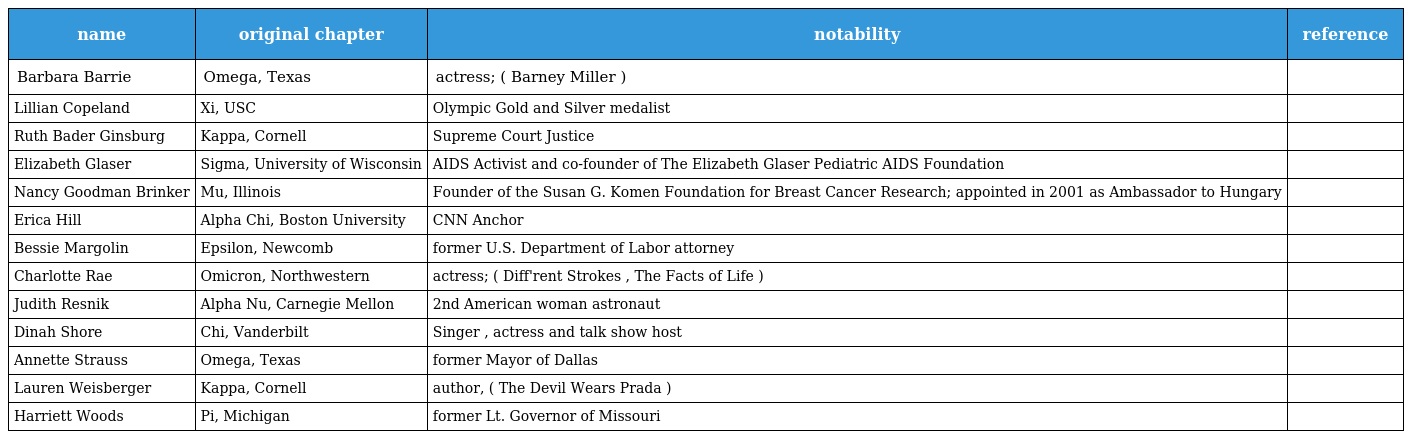
| name | original chapter | notability | reference |
 | --- | --- | --- | --- |
 | Barbara Barrie | Omega, Texas | actress; ( Barney Miller ) |  |
 | Lillian Copeland | Xi, USC | Olympic Gold and Silver medalist |  |
 | Ruth Bader Ginsburg | Kappa, Cornell | Supreme Court Justice |  |
 | Elizabeth Glaser | Sigma, University of Wisconsin | AIDS Activist and co-founder of The Elizabeth Glaser Pediatric AIDS Foundation |  |
 | Nancy Goodman Brinker | Mu, Illinois | Founder of the Susan G. Komen Foundation for Breast Cancer Research; appointed in 2001 as Ambassador to Hungary |  |
 | Erica Hill | Alpha Chi, Boston University | CNN Anchor |  |
 | Bessie Margolin | Epsilon, Newcomb | former U.S. Department of Labor attorney |  |
 | Charlotte Rae | Omicron, Northwestern | actress; ( Diff'rent Strokes , The Facts of Life ) |  |
 | Judith Resnik | Alpha Nu, Carnegie Mellon | 2nd American woman astronaut |  |
 | Dinah Shore | Chi, Vanderbilt | Singer , actress and talk show host |  |
 | Annette Strauss | Omega, Texas | former Mayor of Dallas |  |
 | Lauren Weisberger | Kappa, Cornell | author, ( The Devil Wears Prada ) |  |
 | Harriett Woods | Pi, Michigan | former Lt. Governor of Missouri |  |